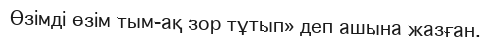
Өзімді өзім тым-ақ зор тұтып» деп ашына жазған.